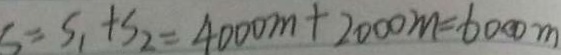
S = S _ { 1 } + S _ { 2 } = 4 0 0 0 m + 2 0 0 0 m = 6 0 0 0 m